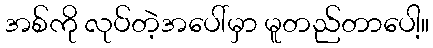
အစ်ကို လုပ်တဲ့အပေါ်မှာ မူတည်တာပေါ့။